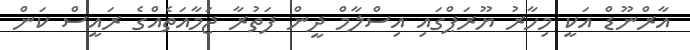
އާރްނޫޑް އަކީ މިހާރު ޔޫރަޕްގައި އިސްލާމް ދީން ފަތުރާ ޖަމާއަތެއްގެ ރައީސް ކަން